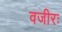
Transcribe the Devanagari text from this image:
वजीरः